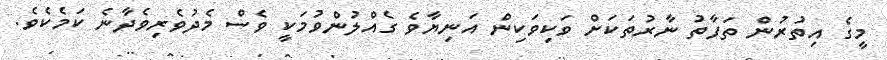
މީގެ އިތުރުން ތަފާތު ނާރުތަކަށް ވަކިވަކިން އަނިޔާވެ ގެއްލުންވުމަކީ ވެސް މެދުވެރިވެދާނެ ކަމެކެވެ.